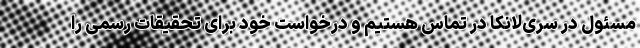
مسئول در سری‌لانکا در تماس هستیم و درخواست خود برای تحقیقات رسمی را